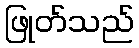
ဖြုတ်သည်